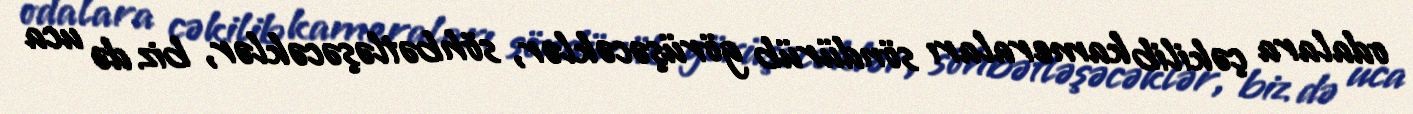
odalara çəkilib kameraları söndürüb görüşəcəklər, söhbətləşəcəklər, biz də uca